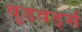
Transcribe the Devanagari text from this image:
वुडवर्ड्स